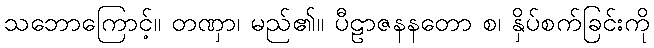
သဘောကြောင့်။ တဏှာ၊ မည်၏။ ပီဠာဇနနတော စ၊ နှိပ်စက်ခြင်းကို